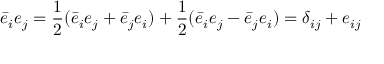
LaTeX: \bar { e } _ { i } e _ { j } = \frac { 1 } { 2 } ( \bar { e } _ { i } e _ { j } + \bar { e } _ { j } e _ { i } ) + \frac { 1 } { 2 } ( \bar { e } _ { i } e _ { j } - \bar { e } _ { j } e _ { i } ) = \delta _ { i j } + e _ { i j }